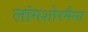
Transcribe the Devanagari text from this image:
लांगशोरमैन्स